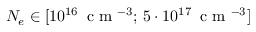
N _ { e } \in [ 1 0 ^ { 1 6 } \, \textrm { c m } ^ { - 3 } ; \, 5 \cdot 1 0 ^ { 1 7 } \, \textrm { c m } ^ { - 3 } ]